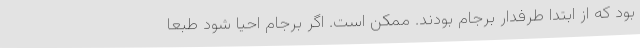
بود که از ابتدا طرفدار برجام بودند. ممکن است. اگر برجام احیا شود طبعاً